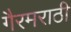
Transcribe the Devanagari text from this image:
गैरमराठी